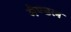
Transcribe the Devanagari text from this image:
मेण्डल